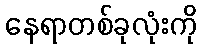
နေရာတစ်ခုလုံးကို